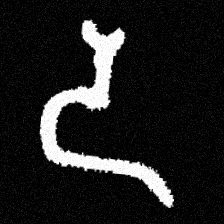
Pyu character \u2014 Myanmar letter: ဒ (romanized: da)